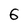
Character: 6